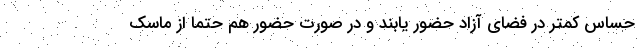
حساس کمتر در فضای آزاد حضور یابند و در صورت حضور هم حتما از ماسک